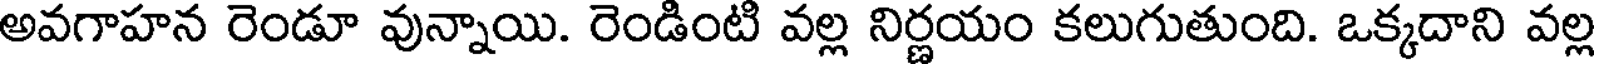
అవగాహన రెండూ వున్నాయి. రెండింటి వల్ల నిర్ణయం కలుగుతుంది. ఒక్కదాని వల్ల